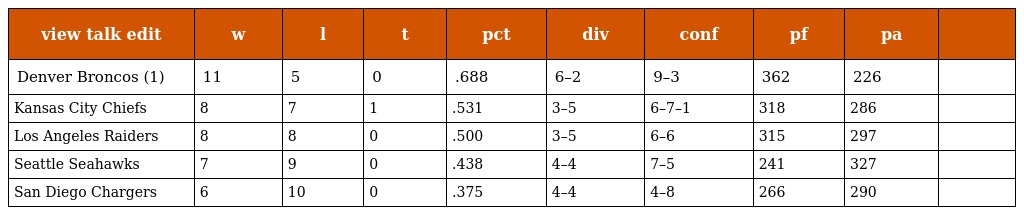
| view talk edit | w | l | t | pct | div | conf | pf | pa |  |
 | --- | --- | --- | --- | --- | --- | --- | --- | --- | --- |
 | Denver Broncos (1) | 11 | 5 | 0 | .688 | 6–2 | 9–3 | 362 | 226 |  |
 | Kansas City Chiefs | 8 | 7 | 1 | .531 | 3–5 | 6–7–1 | 318 | 286 |  |
 | Los Angeles Raiders | 8 | 8 | 0 | .500 | 3–5 | 6–6 | 315 | 297 |  |
 | Seattle Seahawks | 7 | 9 | 0 | .438 | 4–4 | 7–5 | 241 | 327 |  |
 | San Diego Chargers | 6 | 10 | 0 | .375 | 4–4 | 4–8 | 266 | 290 |  |